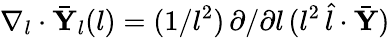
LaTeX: \nabla_{l}\cdot\bar{\mathbf{Y}}_{l}(l)=(1/l^{2})\, \partial/\partial l\, (l^{2}\, \hat{l}\cdot\bar{\mathbf{Y}})